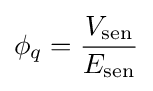
\phi _{q}={\frac {V_{\text{sen}}}{E_{\text{sen}}}}